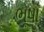
ભૂષા